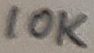
Text: 10K